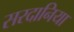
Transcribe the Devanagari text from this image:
सरदानिया